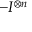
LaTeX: - I ^ { \otimes n }